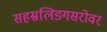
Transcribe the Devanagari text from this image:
सहस्रलिङ्गसरोवर